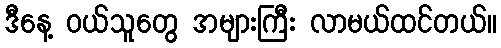
ဒီနေ့ ဝယ်သူတွေ အများကြီး လာမယ်ထင်တယ်။